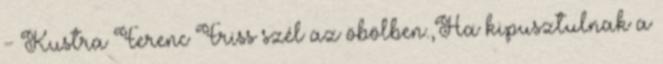
- Kustra Ferenc Friss szél az öbölben.,Ha kipusztulnak a